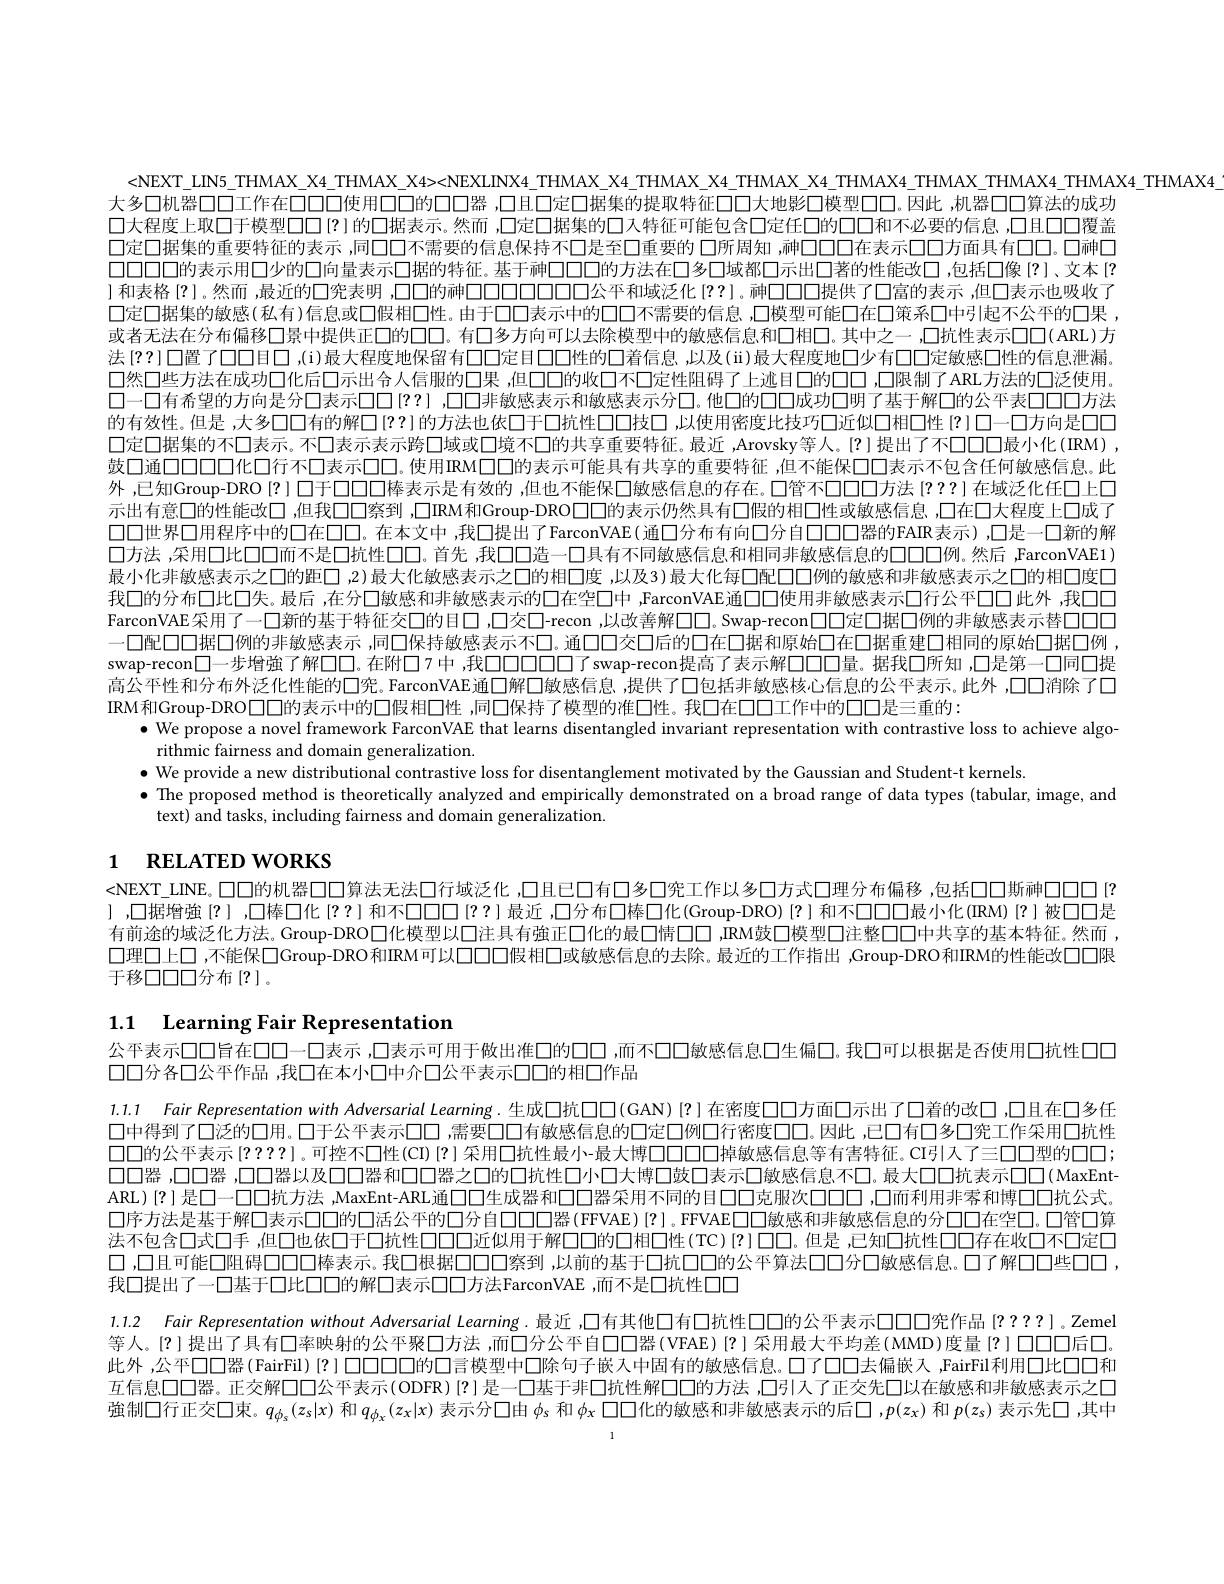
<NEXT\_LN5\_THMAX\_X4\_THMAX\_X4>-NEXLINX4\_THMAX\_X4\_THMAX\_X4\_THMAX\_X4\_THMAX\_THMAX4\_THMAX4
大多口机器口口工作在口口口使用口口的口口器 ,口且口定口据集的提取特征口口大地影口模型口口。因此 ,机器口口算法的成功口大程度上取口于模型口口(?)的口据表示。然而，口定口据集的口入特征可能包含口定任口的口口和不必要的信息，口且口口覆盖口定口据集的重要特征的表示 ,同口口不需要的信息保持不口是至口重要的 口所周知 ,神口口口在表示口口方面具有00。口神口口口口口的表示用口少的口向量表示口据的特征。基于神口口口的方法在口多口域都口示出口著的性能改口 ,包括口像 [?]、文本 [? )和表格|?|。然而，最近的凵筅表明 ,LL的神|||||||| LLLLL 公平和域泛化|??|。砷山山提供了L富的表示，但|表示也吸收了口定口据集的敏感(私有)信息或口假相口性。由于口口表示中的口口不需要的信息，口模型可能口在口策系口中引起不公平的口果， 或者无法在分布偏移口景中提供正口的口口。有口多方向可以去除模型中的敏感信息和口相口。其中之一 ,口抗性表示口口(ARL)方法{??}口置了口口目口 ,(i)最大程度地保留有$\Pi$口定日口口性的口着信息，以及(ii)最大程度地口少有口口定敏感口性的信息泄漏。口然口些方法在成功口化后口示出命人信服的口果 ,但口口的收口不口定性阻碍了上逃目口的口口，口限制了ARL方法的口泛使用。口一口有希望的方向是分口表示$\square\square$[??] ,口口非敏感表示和敏感表示分口。他口的口口成功口明了基于解口的公平表口口口方法的有效性。但是 ,大多口口有的解$\square[??]$的方法也依口于口抗性口口技口，以使用密度比技巧口近似口相口性(?)口-口方向是口口口定口据集的不口表示。不口表示表示跨口域或口境不口的共享重要特征。最近 ,Arovsky等人。[?]提出了不口口口最小化(IRM), 鼓口通口口口口化口行不口表示口口。使用IRM口口的表示可能具有共享的重要特征 ,但不能保口口表示不包含任何敏感信息。此外，已知Group-DRO [?] 口于口口口口棒表示是有效的 ,但也不能保口敏感信息的存在。口管不口口口方法{??}在域泛化任口上口示出有意口的性能改口 ,但我口口察到 ,口IRM和Group-DRO口口的表示仍然具有口假的相口性或敏感信息 ,口在口大程度上口成了口口世界口用程序中的口在口口。在本文中 ,我口提出了FarconVAE(通◯分布有向口分自口口口器的FAIR表示),口是一口新的解口方法 ,采用口比口口而不是口抗性口口。首先 ,我口口造一口具有不同敏感信息和相同非敏感信息的口口口口例。然后 ,FarconVAE1) 最小化非敏感表示之口的距口 ,2)最大化敏感表示之口的相□度 ,以及3)最大化每口配口口例的敏感和非敏感表示之口的相口度口我口的分布口比口失。最后 ,在分口敏感和非敏感表示的口在空口中 ,FarconVAE通口口使用非敏感表示口行公平口口此外 ,我口口FarconVAE 采用了一口新的基于特征交口的目口 ,口交口-recon ,以改善解口口。Swap-recon口口定口据口例的非敏感表示替口口口一口配口据口例的非敏感表示 ,同口保持敏感表示不口。通口口交口后的口在口据和原始口在口据重建口相同的原始口据口例， swap-recon□一步增強了解□□。在附口7中，我$\square\square\square\square\square\square\square$ swap-recon提高了表示解□□□量。据我□所知 ,□是第一□同口提高公平性和分布外泛化性能的口究。FarconVAE通□解囗敏感信息，提供了口包括非敏感核心信息的公平表示。此外 ,口口消除了口IRM和Group-DRO$\square\square$的表示中的口假相口性 ,同口保持了模型的准口性。我口在口口工作中的口口是三重的：
$\bullet$ We propose a novel framework FarconVAE that learns disentangled invariant representation with contrastive loss to achieve algo-
rithmic fairness and domain generalization.
$\bullet$ We provide a new distributional contrastive loss for disentanglement motivated by the Gaussian and Student-t kernels.
$\bullet$ The proposed method is theoretically analyzed and empirically demonstrated on a broad range of data types (tabular, image, and
text) and tasks, including fairness and domain generalization.

# 1 RELATED WORKS

<NEXT_LINE。口口的机器口口算法无法口行域泛化 ,口且已口有口多口究工作以多口方式口理分布偏移 ,包括口口斯神口口口[? ),口据增強(?),口棒口化？?)和不口口口(??)最近 ,口分布口棒口化(Group-DRO){?}和不口口口最小化(IRM){?}被口口是有前途的域泛化方法。Group-DRO口化模型以口注具有強正口化的最口情口口 ,IRM鼓口模型口注整口口中共享的基本特征。然而 , 口理口上口 ,不能保口Group-DRO和IRM可以口口口假相口或敏感信息的去除。最近的工作指出 ,Group-DRO和IRM的性能改口口限于移口口口分布[?]。

1.1 Learning Fair Representation

公平表示口口旨在口口一口表示 ,口表示可用于做出准口的口口 ,而不口口敏感信息口生偏口。我口可以根据是否使用口抗性口口
口口分各口公平作品 ,我口在本小口中介口公平表示口口的相口作品

1.1.1 Fair Representation with Adversarial Learning. 生成口抗口口(GAN)[?]在密度口口方面口示出了口着的改口，口且在口多任口中得到了口泛的口用。口于公平表示口口 ,需要口口有敏感信息的口定口例口行密度口口。因此 ,已口有口多口究工作采用口抗性口口的公平表示[?????]。可控不口性(CI) ?]采用口抗性最小-最大博口口口口口掉敏感信息等有害特征。CI引入了三口口型的口口； 00器 ,口口器 ,口口器以及口口器和口口器之口的口抗性口小口大博口鼓口表示口敏感信息不口。最大口口抗表示口口(MaxEntARL)$\left[?\right]$是口一口口抗方法 ,MaxEnt-ARL通口口生成器和口口器采用不同的目口口克服次口口口，口而利用非雾和博口口抗公式。口序方法是基于解口表示口口的口活公平的口分自口口口器(FFVAE)[?]。FFVAED口敏感和非敏感信息的分口口在空口。口管口算法不包含口式口手，但口也依口于口抗性口口口近似用于解口口的口相口性(TC){?}D$\square。但是 ,已知口抗性口口存在收口不口定口$ 口 ,口且可能口阻碍口口口棒表示。我口根据口口口察到 ,以前的基于口抗口口的公平算法口口分口敏感信息。口了解口口些口口， 我$\sqcup$提出了一凵基于山比山的解凵表示山口方法FarconVAE，而不是凵抗性山
1.1.2 Fair Representation without Adversarial Learning.最近，□有其他口有口抗性口口的公平表示口口口究作品{???}]。Zemel

等人。[?]提出了具有口率映射的公平聚口方法，而口分公平自口口器(VFAE)[?]采用最大平均差(MMD)度量[?]口口口后口此外，公平口口器(FairFil) $\{?\}$口口口口口的口言模型中口除句子嵌入中固有的敏感信息。口了口口去偏嵌入，FairFil利用口比口口和互信息口口器。正交解口口公平表示(ODFR)[?]是一口基于非口抗性解口口的方法，口引入了正交先口以在敏感和非敏感表示之口強制口行正交口束。$q_{\phi_s}(z_s|x)$和$q_{\phi_x}(z_x|x)$表示分口由$\phi_s$和$\phi_x$口口化的敏感和非敏感表示的后◯,$p(z_x)$和$p(z_s)$表示先口 ,其中